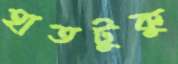
হাতটুকু